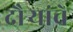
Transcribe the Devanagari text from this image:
दौर्‍यांचे